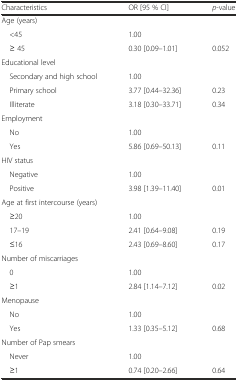
| Characteristics | OR [95 % CI] | p-value |
 | --- | --- | --- |
 | <COLSPAN=3> Age (years) |
 | <45 | 1.00 |  |
 | ≥ 45 | 0.30 [0.09–1.01] | 0.052 |
 | <COLSPAN=3> Educational level |
 | Secondary and high school | 1.00 |  |
 | Primary school | 3.77 [0.44–32.36] | 0.23 |
 | Illiterate | 3.18 [0.30–33.71] | 0.34 |
 | <COLSPAN=3> Employment |
 | No | 1.00 |  |
 | Yes | 5.86 [0.69–50.13] | 0.11 |
 | <COLSPAN=3> HIV status |
 | Negative | 1.00 |  |
 | Positive | 3.98 [1.39–11.40] | 0.01 |
 | <COLSPAN=3> Age at first intercourse (years) |
 | ≥20 | 1.00 |  |
 | 17–19 | 2.41 [0.64–9.08] | 0.19 |
 | ≤16 | 2.43 [0.69–8.60] | 0.17 |
 | <COLSPAN=3> Number of miscarriages |
 | 0 | 1.00 |  |
 | ≥1 | 2.84 [1.14–7.12] | 0.02 |
 | <COLSPAN=3> Menopause |
 | No | 1.00 |  |
 | Yes | 1.33 [0.35–5.12] | 0.68 |
 | <COLSPAN=3> Number of Pap smears |
 | Never | 1.00 |  |
 | ≥1 | 0.74 [0.20–2.66] | 0.64 |